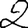
Digit: 2